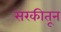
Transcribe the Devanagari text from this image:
सरकीतून